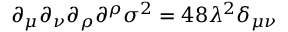
\partial _ { \mu } \partial _ { \nu } \partial _ { \rho } \partial ^ { \rho } \sigma ^ { 2 } = 4 8 \lambda ^ { 2 } \delta _ { \mu \nu }